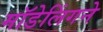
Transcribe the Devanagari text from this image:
मॉडेलिंगने